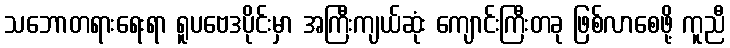
သဘောတရားရေးရာ ရူပဗေဒပိုင်းမှာ အကြီးကျယ်ဆုံး ကျောင်းကြီးတခု ဖြစ်လာစေဖို့ ကူညီ